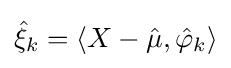
{\hat {\xi }}_{k}=\langle X-{\hat {\mu }},{\hat {\varphi }}_{k}\rangle